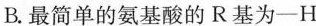
B.最简单的氨基酸的R基为—H